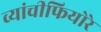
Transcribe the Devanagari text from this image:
व्यांचीफियोरे